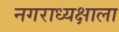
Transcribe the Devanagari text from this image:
नगराध्यक्षाला